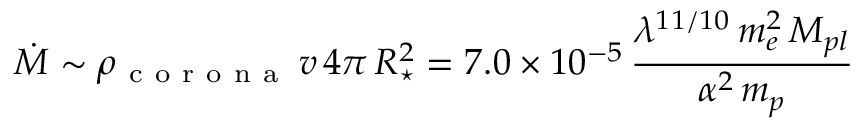
\dot { M } \sim \rho _ { \mathrm { ~ c ~ o ~ r ~ o ~ n ~ a ~ } } \, v \, 4 \pi \, R _ { \star } ^ { 2 } = 7 . 0 \times 1 0 ^ { - 5 } \, \frac { \lambda ^ { 1 1 / 1 0 } \, m _ { e } ^ { 2 } \, M _ { p l } } { \alpha ^ { 2 } \, m _ { p } }